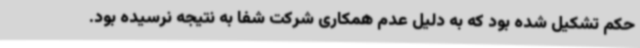
حکم تشکیل شده بود که به دلیل عدم همکاری شرکت شفا به نتیجه نرسیده بود.